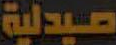
صيدلية